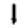
Digit: 1